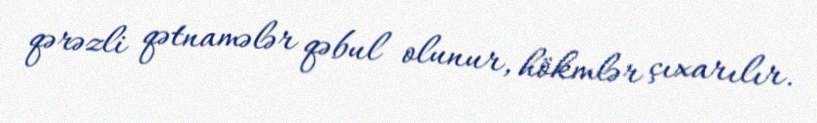
qərəzli qətnamələr qəbul olunur, hökmlər çıxarılır.